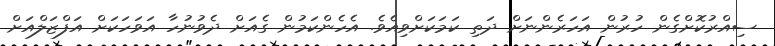
ސިއްރުކޮށްގެން ހުރުން އަހަރެންނަށް ދަތި ކަމަކަށްވިއެވެ. އެހެންކަމުން ގެއަށް ދެވުނުހާ އަވަހަކަށް އަފްޒަލްއަށް